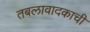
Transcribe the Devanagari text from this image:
तबलावादकाची